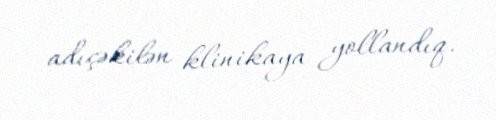
adıçəkilən klinikaya yollandıq.